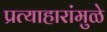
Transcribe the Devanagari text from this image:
प्रत्याहारांमुळे